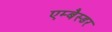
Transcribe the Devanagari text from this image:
एम्बैस्डर